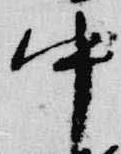
中